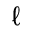
\ell